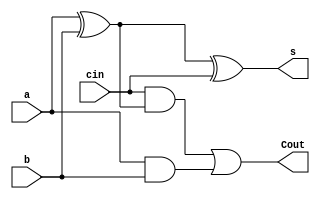
`timescale 1ns / 1ps
//////////////////////////////////////////////////////////////////////////////////
// Company: 
// Engineer: 
// 
// Design Name: 
// Module Name:    FullAdder 
// Project Name: 
// Target Devices: 
// Tool versions: 
// Description: 
//
// Dependencies: 
//
// Revision: 
// Revision 0.01 - File Created
// Additional Comments: 
//
//////////////////////////////////////////////////////////////////////////////////
module FullAdder(
input a, b, cin,
output s, Cout

    );

wire w1,w2,w3;
xor(w1,a,b);
xor(s,w1,cin);
and(w2,cin,w1);
and(w3,a,b);
or(Cout,w2,w3);


endmodule